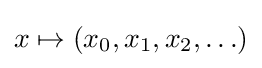
x\mapsto (x_{0},x_{1},x_{2},\ldots )